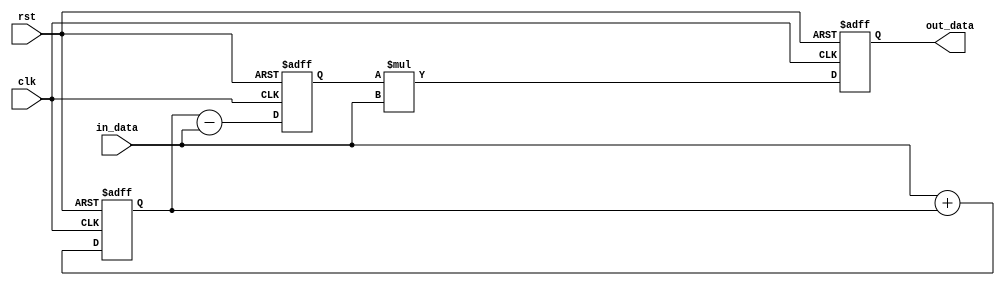
module Pipeline_accumulator(
    input wire clk,
    input wire rst,
    input wire [31:0] in_data,
    output wire [31:0] out_data
);

reg [31:0] reg1_out, reg2_out, acc_out;

// Block 1: Addition
always @(posedge clk or posedge rst) begin
    if (rst) begin
        reg1_out <= 0;
    end else begin
        reg1_out <= in_data + reg1_out;
    end
end

// Block 2: Subtraction
always @(posedge clk or posedge rst) begin
    if (rst) begin
        reg2_out <= 0;
    end else begin
        reg2_out <= reg1_out - in_data;
    end
end

// Block 3: Multiplication
always @(posedge clk or posedge rst) begin
    if (rst) begin
        acc_out <= 0;
    end else begin
        acc_out <= reg2_out * in_data;
    end
end

// Final output
assign out_data = acc_out;

endmodule